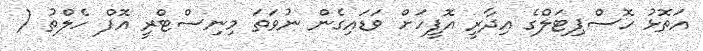
އަތޮޅު ހޮސްޕިޓަލްގެ އިދާރީ އޮފީހަށް ވަޑައިގެން ނުވަތަ މިނިސްޓްރީ އޮފް ހެލްތު (